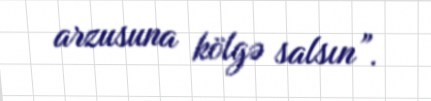
arzusuna kölgə salsın”.